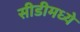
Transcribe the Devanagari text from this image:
सीडीमध्ये